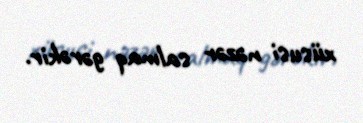
xüsusi nəzər salmaq gərəkir.